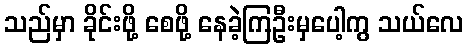
သည်မှာ ခိုင်းဖို့ စေဖို့ နေခဲ့ကြဦးမှပေါ့ကွ သယ်လေ